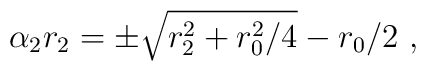
\alpha_2 r_2= \pm\sqrt{r_2^2+{r_0^2/4}}-r_0/2\ ,